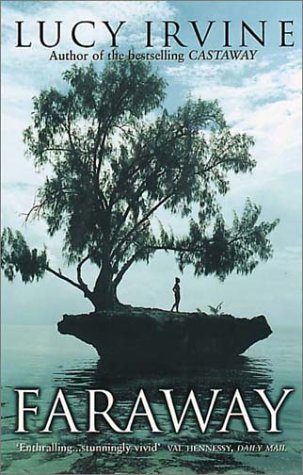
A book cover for Faraway; Lucy Irvine; Travel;